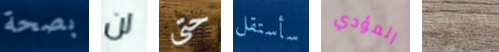
بصحة لن حتى سأستقل المؤدي النماذج